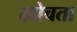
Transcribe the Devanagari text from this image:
खोचता